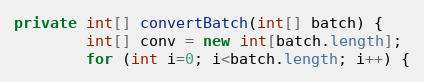
Language: Java
private int[] convertBatch(int[] batch) {
        int[] conv = new int[batch.length];
        for (int i=0; i<batch.length; i++) {